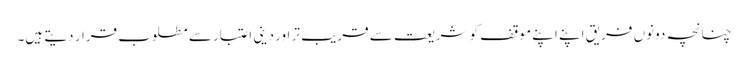
چنانچہ دونوں فریق اپنے اپنے موقف کو شریعت سے قریب تر اور دینی اعتبار سے مطلوب قرار دیتے ہیں۔